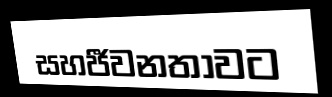
සහජීවනතාවට